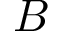
\boldsymbol { B }